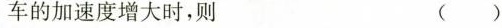
车的加速度增大时，则 ()